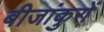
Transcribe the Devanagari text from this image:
बीजांकुरों